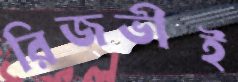
রিজভীই